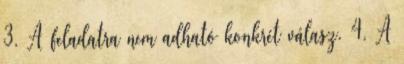
3. A feladatra nem adható konkrét válasz. 4. A